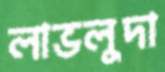
লাভলুদা